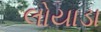
લોયાડા